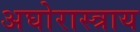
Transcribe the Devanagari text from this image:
अघोरास्त्राय